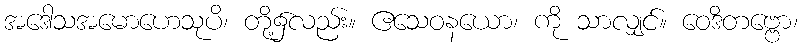
အဒေါသအမောဟေသုပိ၊ တို့၌လည်း။ ဧသေဝနယော၊ ကို သာလျှင်။ ဝေဒိတဗ္ဗော၊